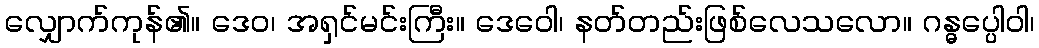
လျှောက်ကုန်၏။ ဒေဝ၊ အရှင်မင်းကြီး။ ဒေဝေါ၊ နတ်တည်းဖြစ်လေသလော။ ဂန္ဓပ္ပေါဝါ၊